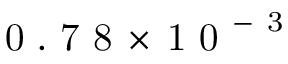
{ \mathrm { ~ 0 ~ . ~ 7 ~ 8 ~ } \! \times \! \mathrm { ~ 1 ~ 0 ~ } ^ { - \mathrm { ~ 3 ~ } } }